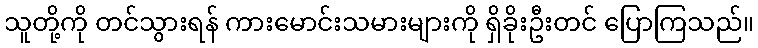
သူတို့ကို တင်သွားရန် ကားမောင်းသမားများကို ရှိခိုးဦးတင် ပြောကြသည်။